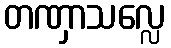
တဏှာသလ္လေ